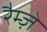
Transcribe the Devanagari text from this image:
रैम्ज़े